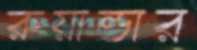
রুয়ান্ডার